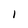
Character: l